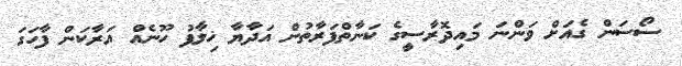
ސޯސަން ގެއަށް ވަންނަ މައިދޮރާސީގެ ކަނާތްފަރާތުން އަދާޔާ ޚިލާފު ހޫނެއް އަރާކަން ފާހަގަ